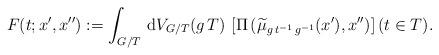
LaTeX: \begin{align*} F(t;x',x''):=\int_{G/T} \, \mathrm{d} V_{G/T} (g\,T) \,\left[\Pi\left( \widetilde{\mu}_{g\,t^{-1}\,g^{-1}}( x' ),x'' \right) \right](t\in T).\end{align*}